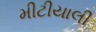
મીટીયાલી